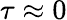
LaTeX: \tau\approx 0